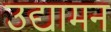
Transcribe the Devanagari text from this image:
उद्यामन